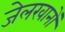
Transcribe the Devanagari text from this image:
जेलखानों